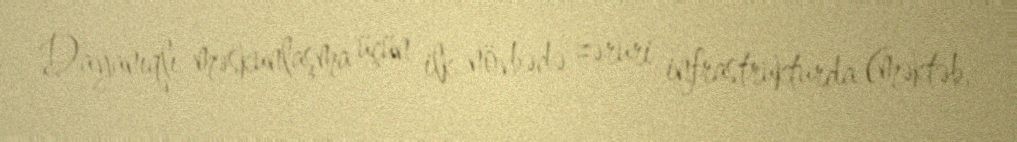
Dayanıqlı məskunlaşma üçün ilk növbədə zəruri infrastrukturda (məktəb,